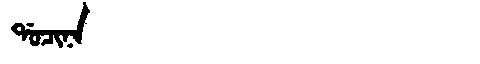
Manchu: ᡩᠣᠴᡳᠨᠠ
Romanization: DOCINA